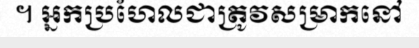
។ អ្នកប្រហែលជាត្រូវសម្រាកនៅ